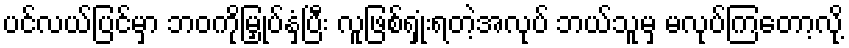
ပင်လယ်ပြင်မှာ ဘဝကိုမြှုပ်နှံပြီး လူဖြစ်ရှုံးရတဲ့အလုပ် ဘယ်သူမှ မလုပ်ကြတော့လို့